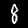
Digit: 8